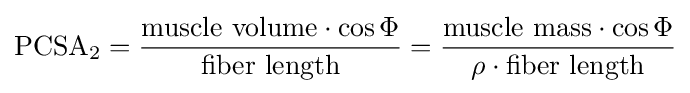
{\text{PCSA}}_{2}={{\text{muscle volume}}\cdot \cos \Phi  \over {\text{fiber length}}}={{\text{muscle mass}}\cdot \cos \Phi  \over {\rho \cdot {\text{fiber length}}}}